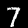
Digit: 7